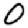
Digit: 0